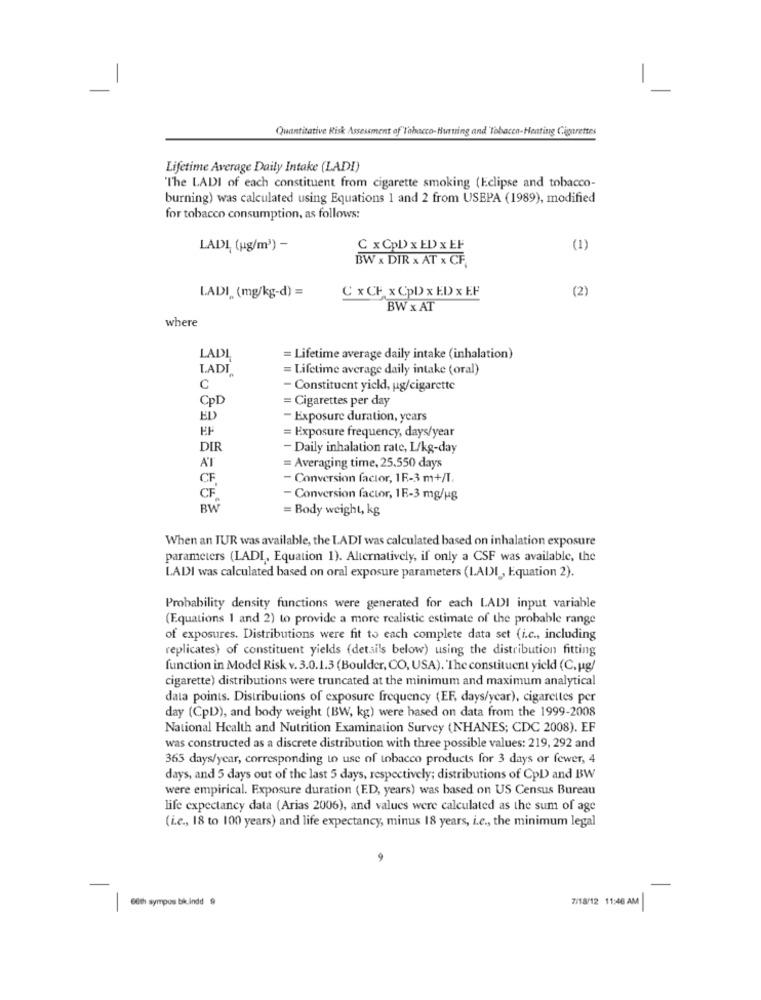
Quantitative Risk Assessment of"Tabacco-Hurning and Tobacco-Heating Cigarettes
Lifetime Average Daily Intake (LADI)
"The LADI of each constituent from cigarette smoking (Eclipse and tobacco-
burning) was calculated using Equations 1 and 2 from USEPA (1989), modified
for tobacco consumption, as follows:
LADI (ug/m3) -
C x CpD x ED x EF
(1)
BW x DIR x AT x CF
LADI (mg/kg-d) =
C x CF x CpD x ED x EF
(2)
BW x AT
where
LADI
= Lifetime average daily intake (inhalation)
LADI
= Lifetime average daily intake (oral)
C
- Constituent yield, ug/cigarette
CpD
= Cigarettes per day
ED
- Exposure duration, years
EF
= Exposure frequency, days/year
DIR
- Daily inhalation rate, L/kg-day
AT
= Averaging time, 25.550 days
CF
- Conversion factor, 1F-3 m+/T.
CF
- Conversion factor, 1E-3 mg/ug
BW
= Body weight, kg
When an TUR was available, the LADI was calculated based on inhalation exposure
parameters (LADI, Equation 1). Alternatively, if only a CSF was available, the
LADI was calculated based on oral exposure parameters (I.ADI , Equation 2).
Probability density functions were generated for each LADI input variable
(Equations 1 and 2) to provide a more realistic estimate of the probable range
of exposures. Distributions were fit to each complete data set (i.c ., including
replicates) of constituent yields (details below) using the distribution fitting
function in Model Risk v. 3.0.1.3 (Boulder, CO, USA). The constituent yield (C. ug/
cigarette) distributions were truncated at the minimum and maximum analytical
data points. Distributions of exposure frequency (EF, days/year), cigarettes per
day (CpD)), and body weight (BW, kg) were based on data from the 1999-2008
National Health and Nutrition Examination Survey (NHANES; CDC 2008). EF
was constructed as a discrete distribution with three possible values: 219, 292 and
365 days/year, corresponding to use of tobacco products for 3 days or fewer, 4
days, and 5 days out of the last 5 days, respectively; distributions of CpD) and BW
were empirical. Exposure duration (ED, years) was based on US Census Bureau
life expectancy data (Arias 2006), and values were calculated as the sum of age
(i.e ., 18 to 100 years) and life expectancy, minus 18 years, i.e ., the minimum legal
7/18/12 11:46 AM
66th sympos bik indd $
-